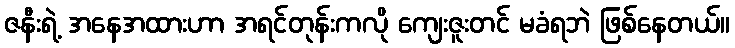
ဇနီးရဲ့ အနေအထားဟာ အရင်တုန်းကလို ကျေးဇူးတင် မခံရဘဲ ဖြစ်နေတယ်။